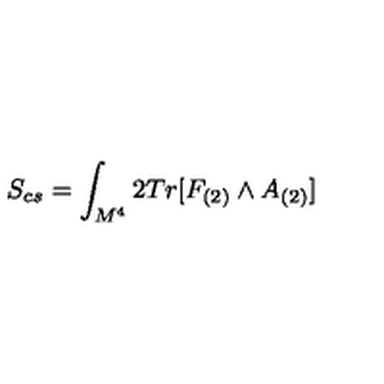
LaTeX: S _ { c s } = \int _ { M ^ { 4 } } 2 T r [ F _ { ( 2 ) } \wedge A _ { ( 2 ) } ]